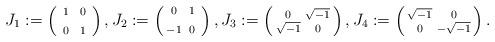
LaTeX: \begin{align*}J_1:=\left(\begin{smallmatrix}\;1\;&\;0\;\\&\\\;0\;&\;1\;\end{smallmatrix}\right),J_2:=\left(\begin{smallmatrix}\;0\;&\;1\;\\&\\-1&\;0\;\end{smallmatrix}\right),J_3:=\left(\begin{smallmatrix}0&\sqrt{-1}\\\sqrt{-1}&0\end{smallmatrix}\right),J_4:=\left(\begin{smallmatrix}\sqrt{-1}&0\\0&-\sqrt{-1}\end{smallmatrix}\right).\end{align*}